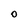
Character: 0